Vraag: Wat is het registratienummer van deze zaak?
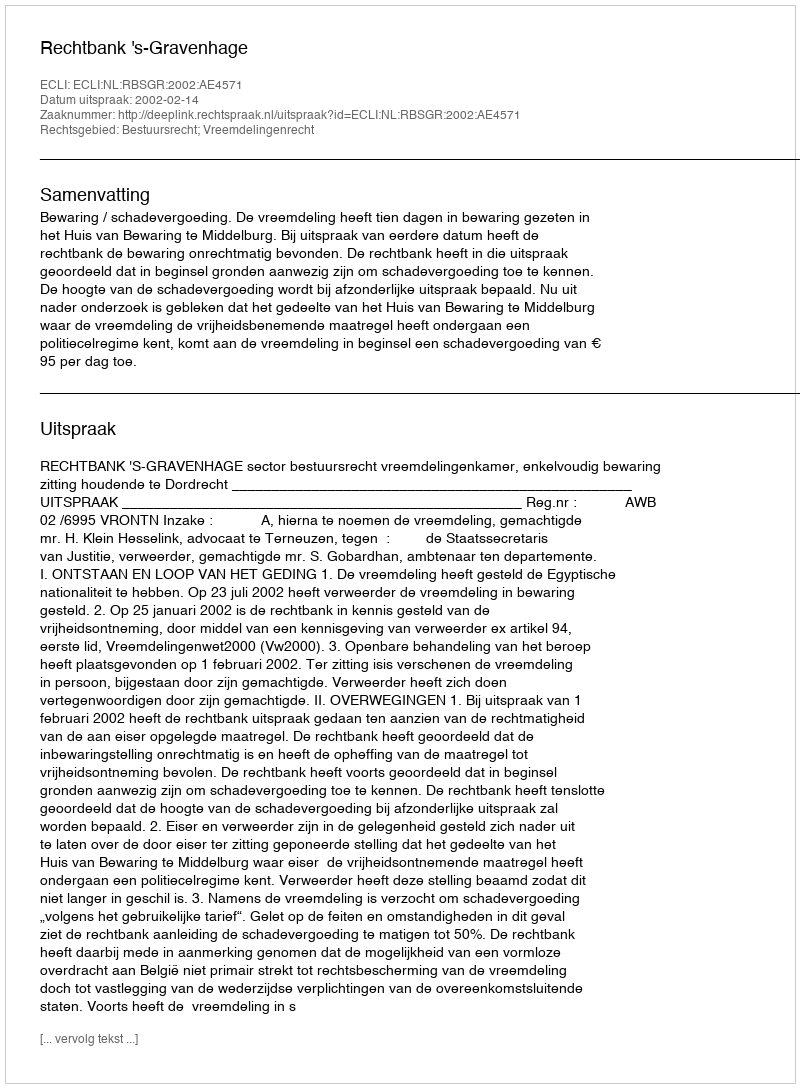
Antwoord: http://deeplink.rechtspraak.nl/uitspraak?id=ECLI:NL:RBSGR:2002:AE4571